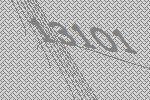
13101